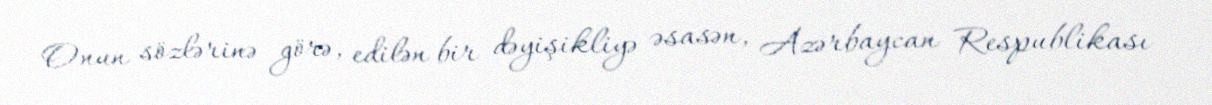
Onun sözlərinə görə, edilən bir dəyişikliyə əsasən, Azərbaycan Respublikası